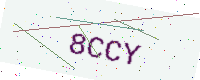
Text: 8CCY